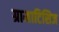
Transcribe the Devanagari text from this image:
ग्रामाटिसिज